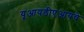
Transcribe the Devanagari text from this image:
यूआयडीएआयचे